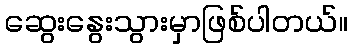
ဆွေးနွေးသွားမှာဖြစ်ပါတယ်။